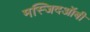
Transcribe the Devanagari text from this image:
मस्जिदऑबी